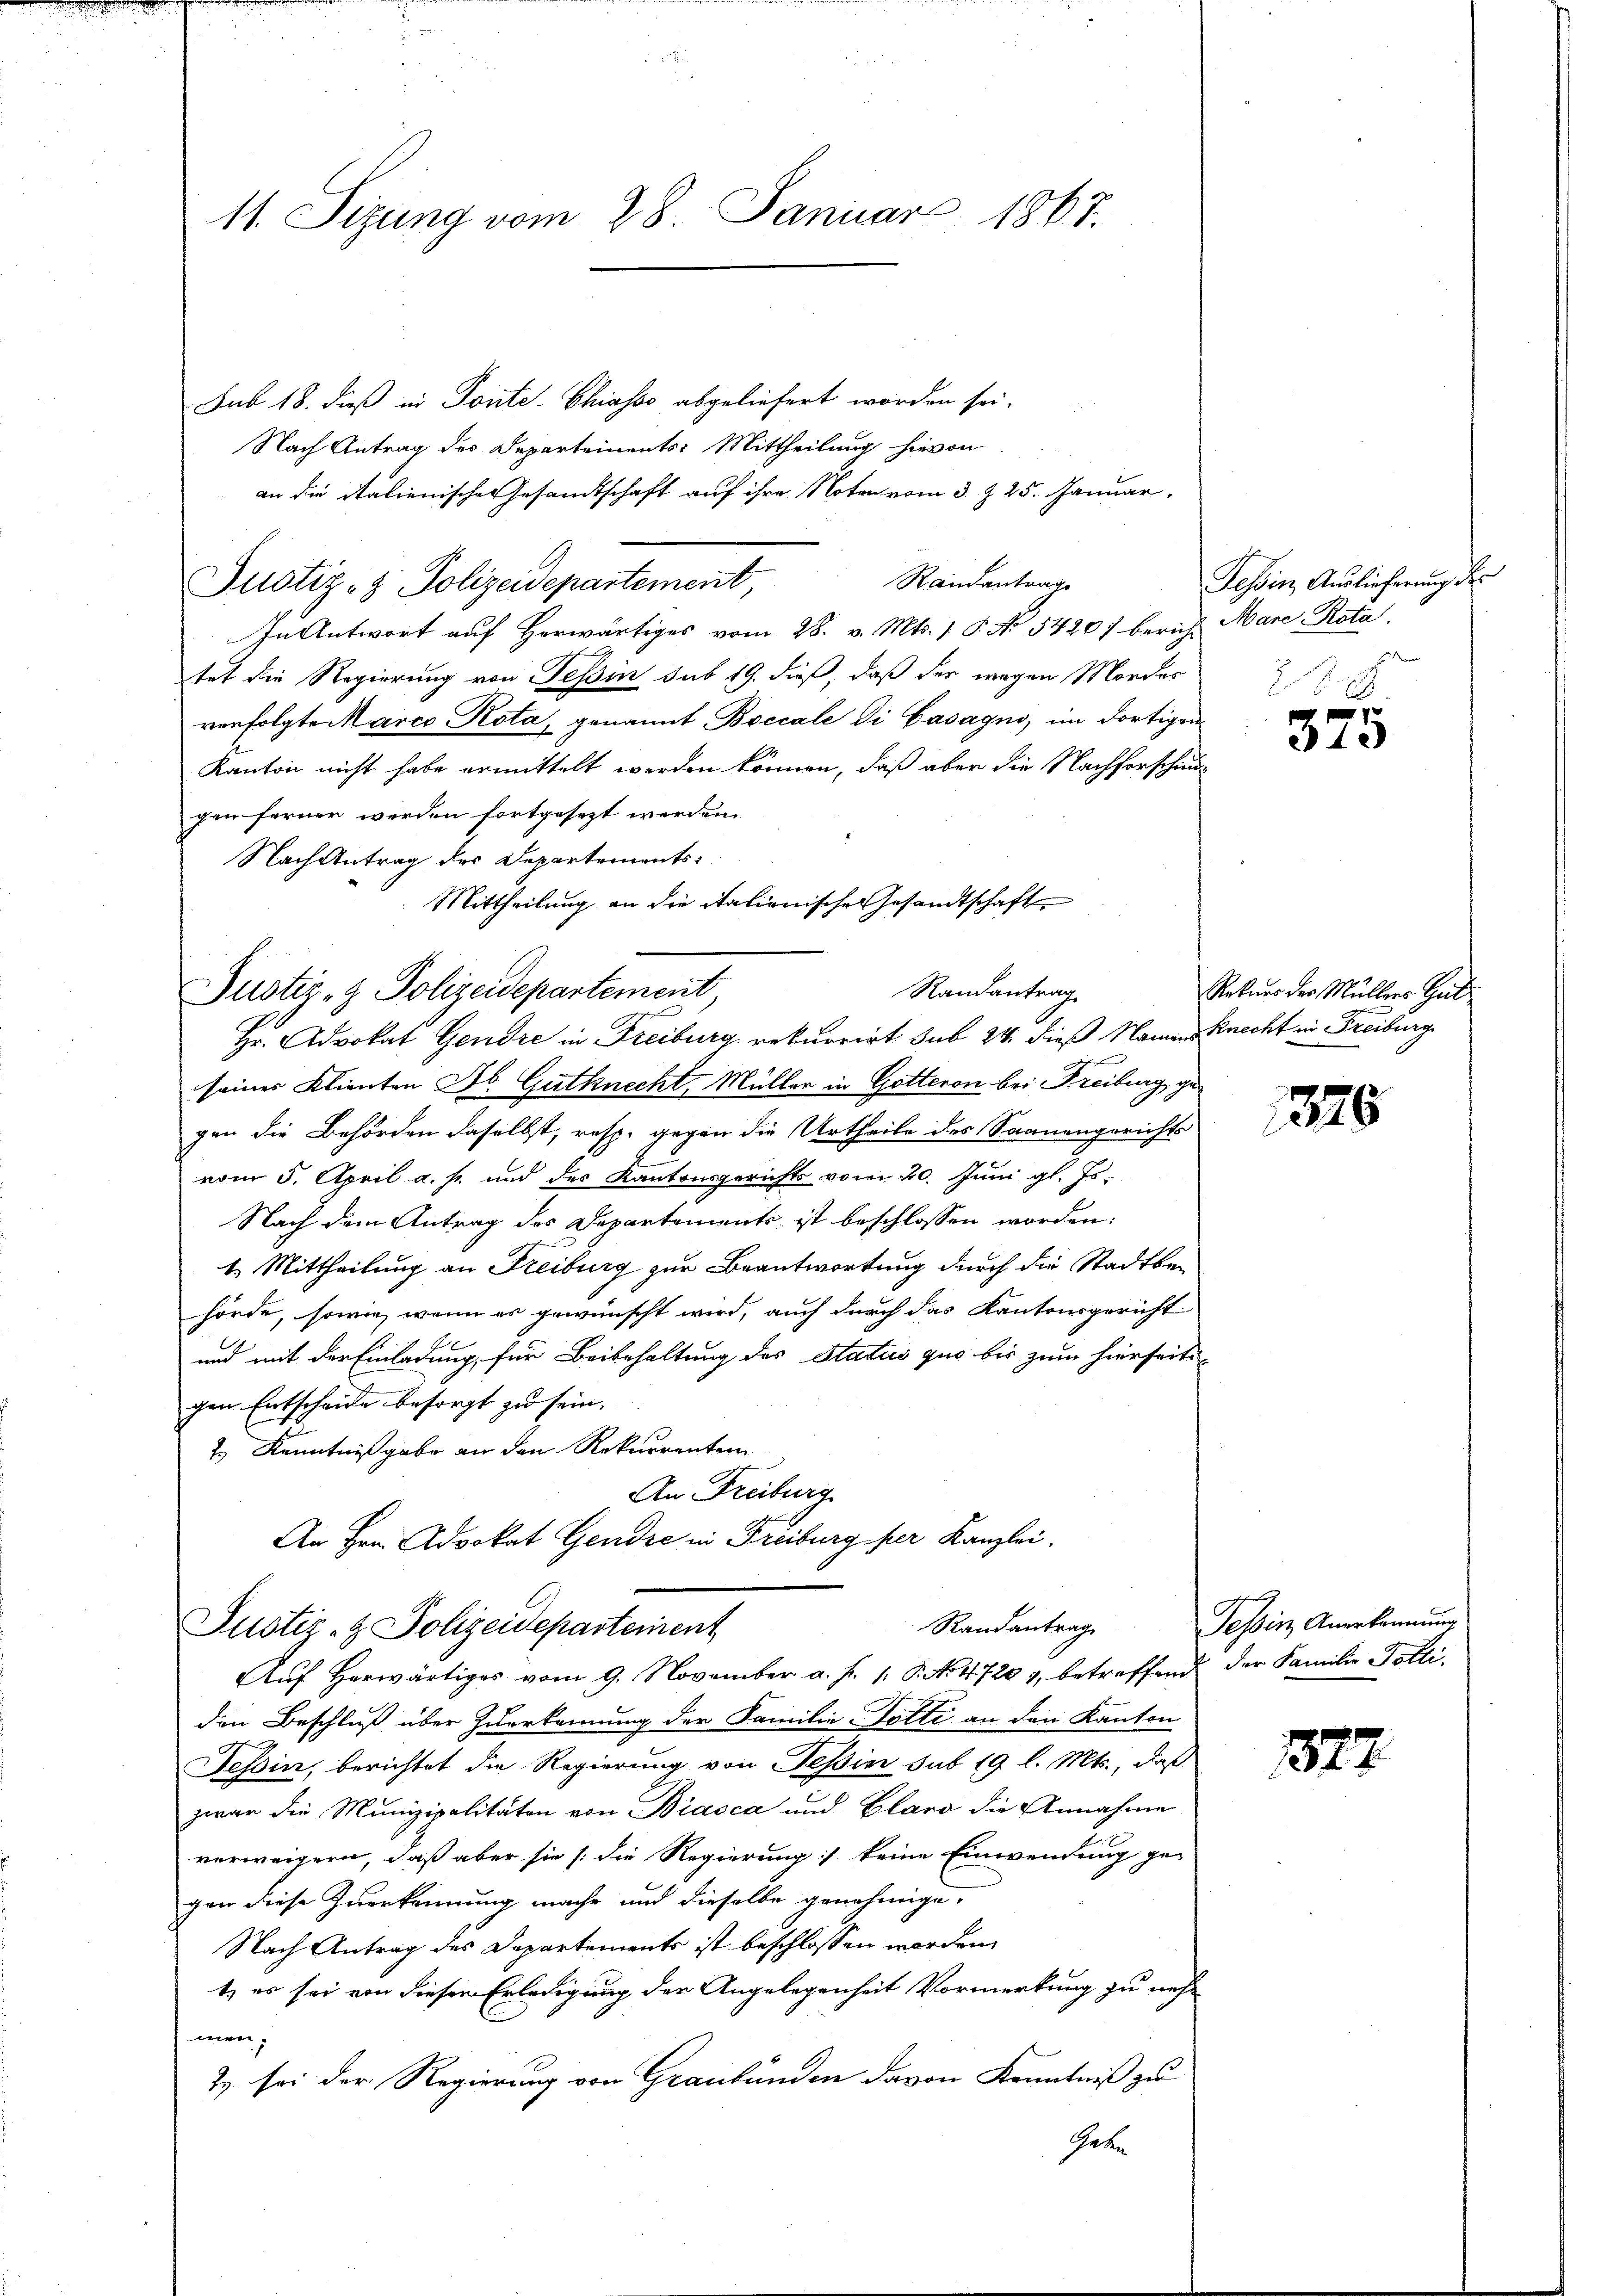
11. Sizung vom 28. Januar 1867.

Sub 18. dieß in Ponte-Chiasso abgeliefert worden sei.
Nach Antrag des Departements: Mittheilung hievon
an die Italienisches Gesandtschaft auf ihre Noten vom 3. & 25. Januar,
Randantrage
Justiz- & Polizeidepartement,
In Antwort auf herwärtiges vom 28. v. Mts. 1 S. No 5420) bericht Mare Rota.
tet die Regierung von Tessin sub 19. dieß, daß der wegen Mordes
venfolgte Marco Rota, genannt Boccale di Casagno, im dortigen
Kanton nicht habe ermittelt werden können, daß aber die Nachforschind
gen ferner werden fortgesetzt werden.
Nach Antrag des Departements¬
Mittheilung an die italienischen Gesandtschaft

Randantrag
Justiz- & Polizeidepartement
Hr. Advokat Gendre in Freiburg rekurrirt sub 24. dieß Namens Knecht in Freiburg

seines Klienten Jb. Gutknecht, Müller in Gotteron bei Freiburg gegen die Behörden daselbst, resp. gegen die Urtheile des Saanengerichts
vom 5. April a. s. und des Kantonsgerichts vom 20. Juni gl. Js.
Nach dem Antrag des Departements ist beschlossen worden:
1.) Mittheilung an Freiburg zur Beantwortung durch die Stadtbehörde, sowie, wenn es gewünscht wird, auch durch das Kantonsgericht
und mit der Einladung, für Beibehaltung des Status quo bis zum hierseiti
gen Entscheide besorgt zu sein.
2.) Kenntnißgabe an den Rekurrenten
An Freiburg
An Hrn. Advokat Gendre in Freiburg per Kanzlei.

Randantrag
Justiz- & Polizeidepartement
Aŭf herwärtiges vom 9. November a. h. 1. P. No. 47201, betreffend der Familie Totti,

Tessin Auslieferung der
haten
2.

den Beschluß über Zuerkennung der Familie Dotte an den Kanton
Tessin, berichtet die Regierung von Tessin sub 19 l. Mts., daß
zwar die Munizipalitäten von Biasca und Glaro die Annahme
verweigern, daß aber sie /: die Regierung keine Einwendung ge-
gen diese Zuerkennung mache und dieselbe genehmige.
Nach Antrag des Departements ist beschlossen worden.
t, es sei von dieser Erledigung der Angelegenheit Vormerkung zu neh-
men,
2) sei der Regierung von Graubünden davon Kenntniß zu
Geben

375

Rekurs der Müllers Gut¬

1376

Tessin Anerkennung

322